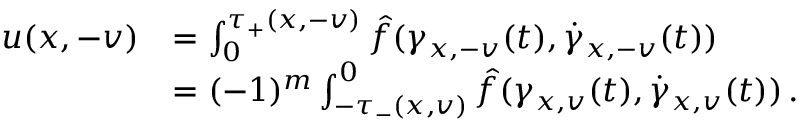
\begin{array} { r l } { u ( x , - v ) } & { = \int _ { 0 } ^ { \tau _ { + } ( x , - v ) } \hat { f } ( \gamma _ { x , - v } ( t ) , \dot { \gamma } _ { x , - v } ( t ) ) \, \d t } \\ & { = ( - 1 ) ^ { m } \int _ { - \tau _ { - } ( x , v ) } ^ { 0 } \hat { f } ( \gamma _ { x , v } ( t ) , \dot { \gamma } _ { x , v } ( t ) ) \, \d t . } \end{array}